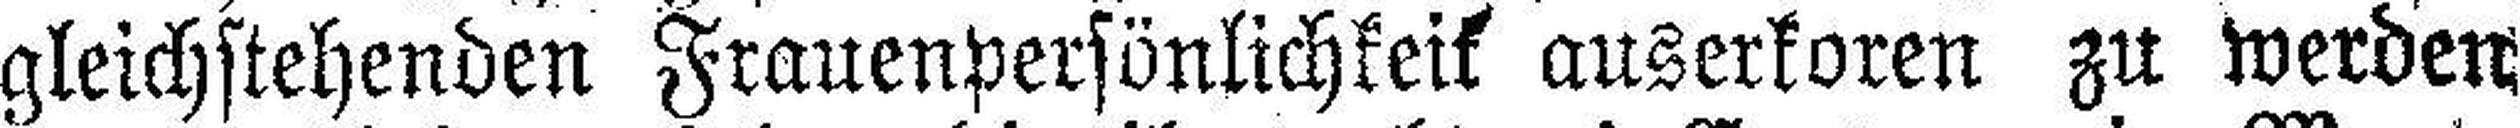
gleichstehenden Frauenpersönlichkeif auserkoren zu werden